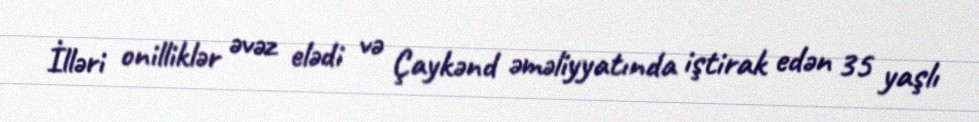
İlləri onilliklər əvəz elədi və Çaykənd əməliyyatında iştirak edən 35 yaşlı